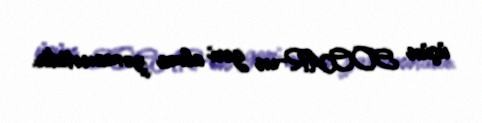
üçün SOCAR-ın geri alma zəmanətidir.